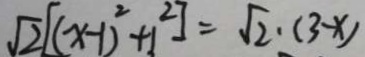
\sqrt { 2 } [ ( x - 1 ) ^ { 2 } + 1 ^ { 2 } ] = \sqrt { 2 } \cdot ( 3 - x )